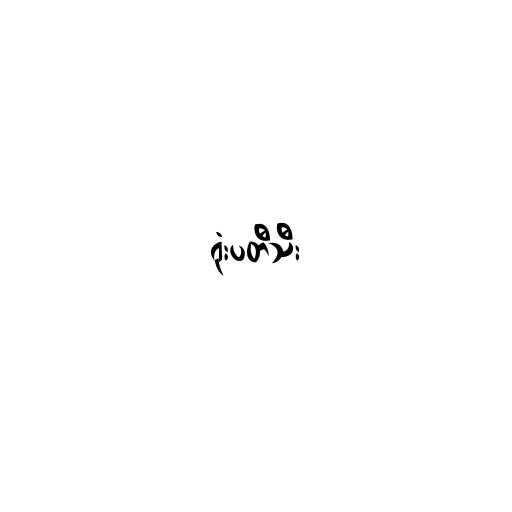
ရုံးပတီသီး